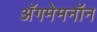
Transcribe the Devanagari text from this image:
अॅगमेमनॉन